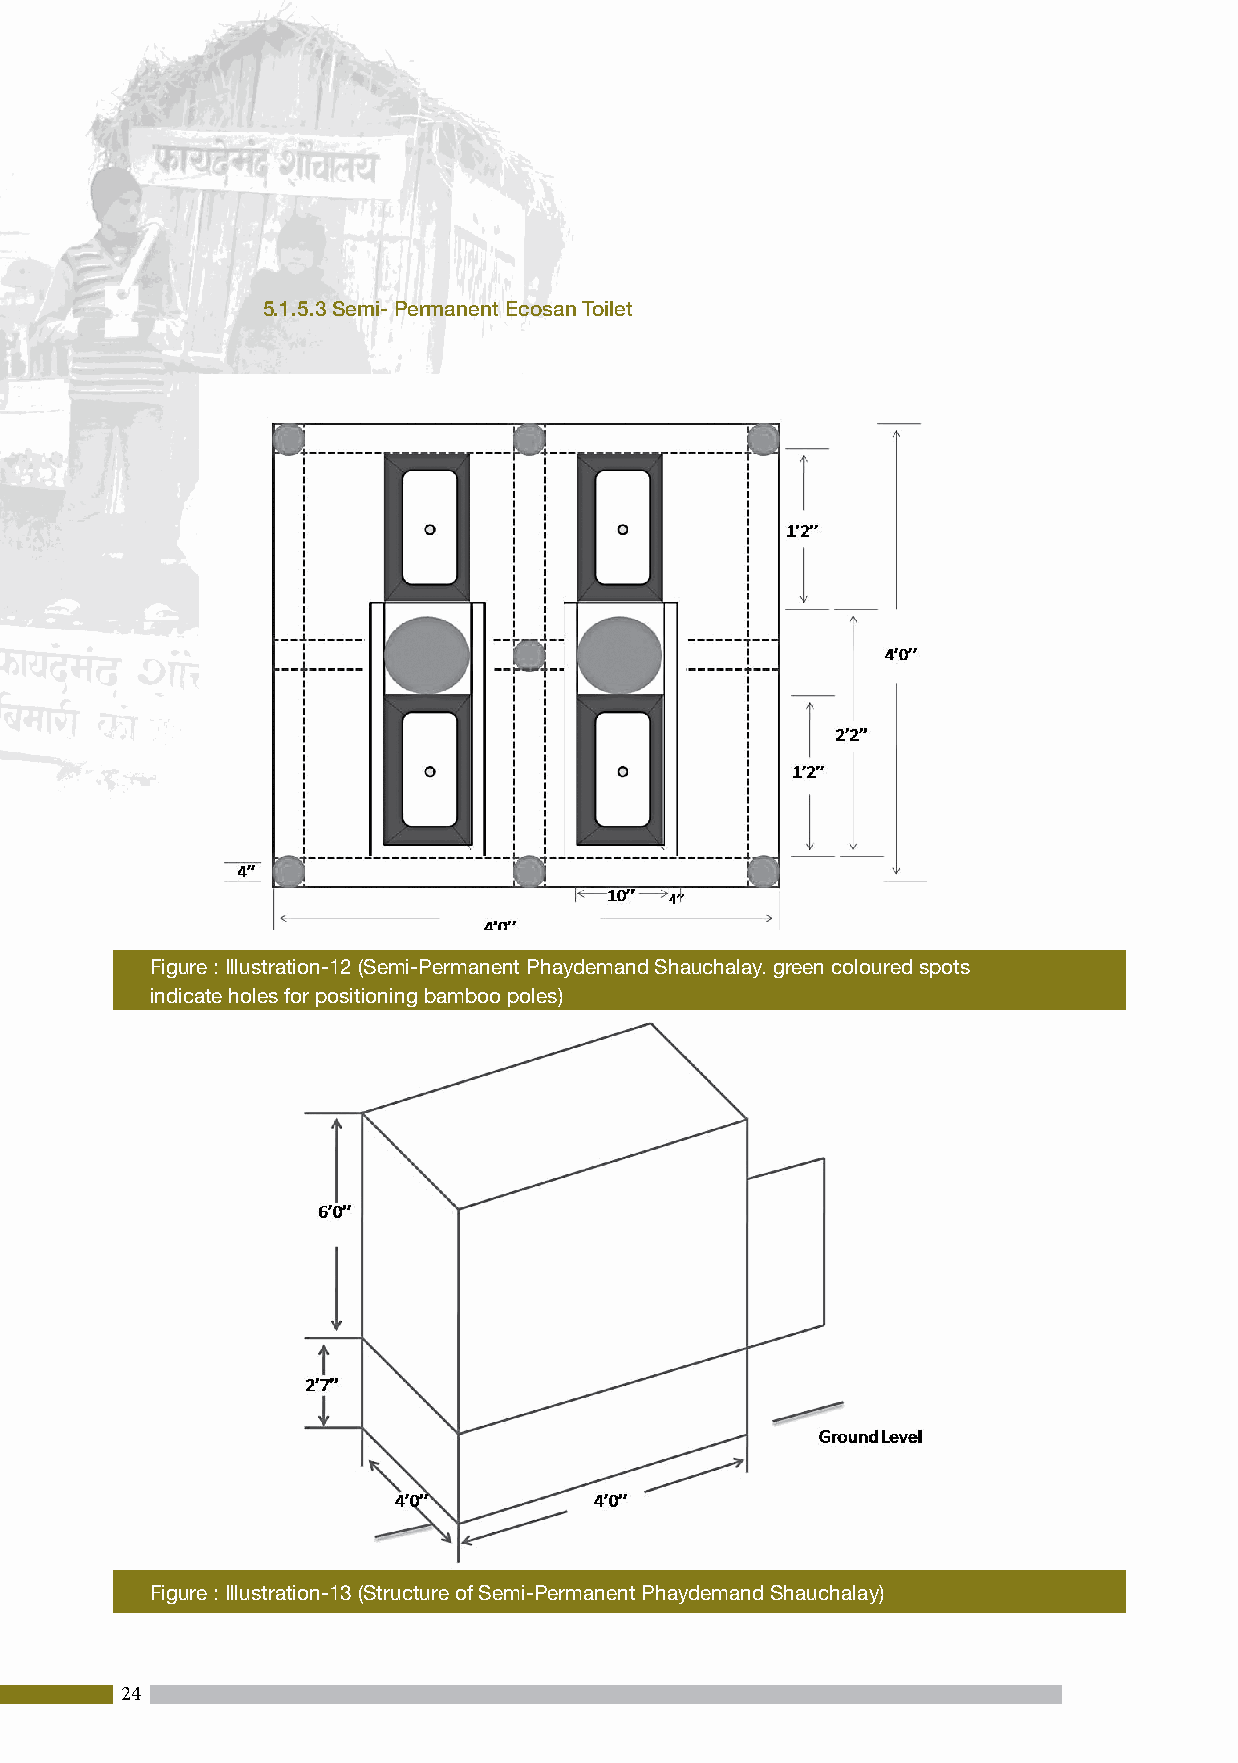
5.1.5.3 Semi- Permanent Ecosan Toilet
 Figure : Illustration-12 (Semi-Permanent Phaydemand Shauchalay. green coloured spots
 indicate holes for positioning bamboo poles)
 Figure : Illustration-13 (Structure of Semi-Permanent Phaydemand Shauchalay)
 24